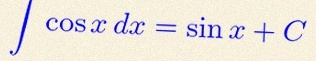
\int \cos x\,dx=\sin x+C